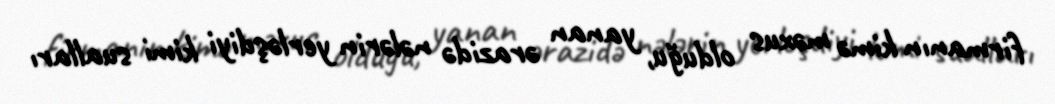
firmanın kimə məxus olduğu, yanan ərazidə nələrin yerləşdiyi kimi sualları